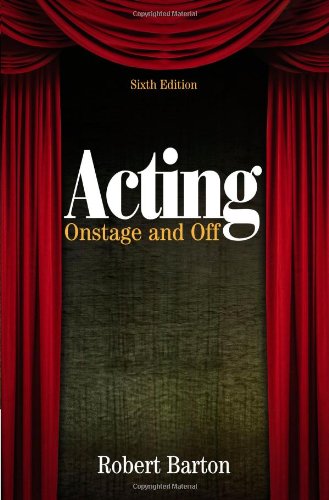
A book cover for Acting: Onstage and Off; Robert Barton; Business & Money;